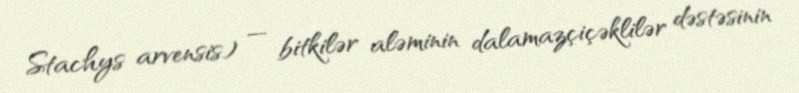
Stachys arvensis) — bitkilər aləminin dalamazçiçəklilər dəstəsinin